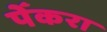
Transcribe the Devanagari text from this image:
पेँकरा